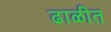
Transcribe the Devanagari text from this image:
ढाळीत